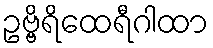
ဥဗ္ဗိရိထေရီဂါထာ